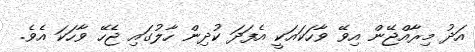
އަދު މިރާއްޖޭން އިވޭ ވާހަކައަކީ އެފަދަ ކުދިން ހާލުގައި ޖެހޭ ވާހަކަ އެވެ.